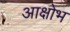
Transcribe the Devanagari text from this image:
आक्षोभ